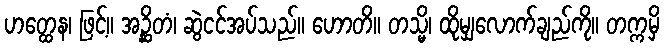
ဟတ္ထေန၊ ဖြင့်။ အဉ္ဆိတံ၊ ဆွဲငင်အပ်သည်။ ဟောတိ။ တသ္မိ၊ ထိုမျှလောက်ချည်ကို။ တက္ကမှိ